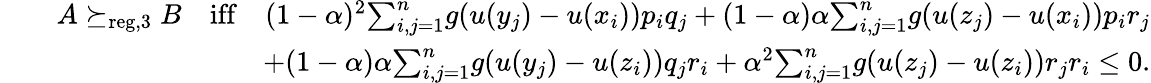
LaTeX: \begin{array}{rlr}&{}&{A\succeq_{\mathrm{reg,3}}B\quad\mathrm{iff}\quad(1-\alpha)^{2}{\sum}_{i,j=1}^{n}g(u(y_{j})-u(x_{i}))p_{i}q_{j}+(1-\alpha)\alpha{\sum}_{i,j=1}^{n}g(u(z_{j})-u(x_{i}))p_{i}r_{j}}\\ &{}&{+(1-\alpha)\alpha{\sum}_{i,j=1}^{n}g(u(y_{j})-u(z_{i}))q_{j}r_{i}+\alpha^{2}{\sum}_{i,j=1}^{n}g(u(z_{j})-u(z_{i}))r_{j}r_{i}\leq 0.}\end{array}